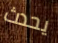
يحدث